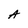
Character: A